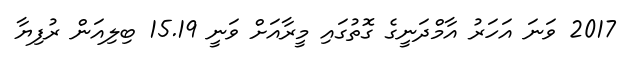
2017 ވަނަ އަހަރު އާމްދަނީގެ ގޮތުގައި މީރާއަށް ވަނީ 15.19 ބިލިއަން ރުފިޔާ